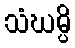
သံဃမ္ပိ